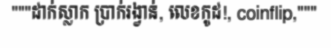
"""ដាក់ស្លាក ប្រាក់រង្វាន់, លេខកូដ!, coinflip,"""